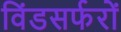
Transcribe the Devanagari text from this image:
विंडसर्फरों